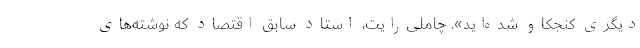
دیگری کنجکاو شده‌اید». چاملی‌رایت، استاد سابق اقتصاد که نوشته‌های